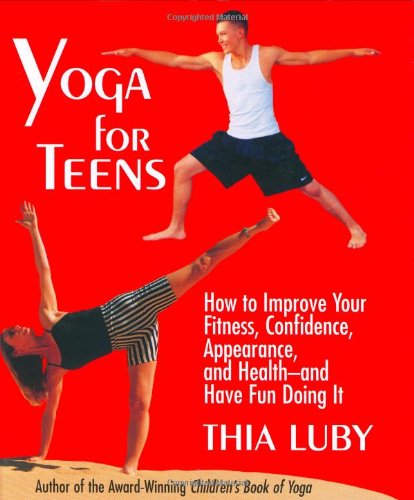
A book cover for Yoga for Teens; Thia Luby; Teen & Young Adult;